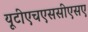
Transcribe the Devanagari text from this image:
यूटीएचएससीएसए